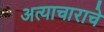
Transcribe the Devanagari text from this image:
अत्‍याचाराचे